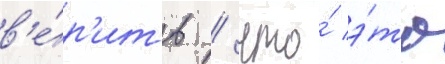
в'е́р'ить / что́ э́то